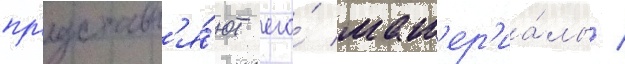
пр'едставл'я́ют его́ мат'ер'иа́лы /